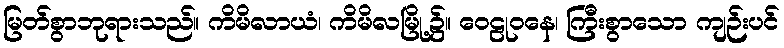
မြတ်စွာဘုရားသည်။ ကိမိလာယံ၊ ကိမိလမြို့၌။ ဝေဠုဝနေ၊ ကြီးစွာသော ကျဉ်းပင်